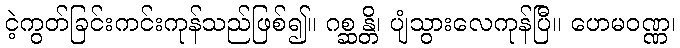
ငဲ့ကွတ်ခြင်းကင်းကုန်သည်ဖြစ်၍။ ဂစ္ဆန္တိ၊ ပျံသွားလေကုန်ပြီ။ ဟေမဝဏ္ဏ၊